Scottish Leaving Certificate Examination, 1960
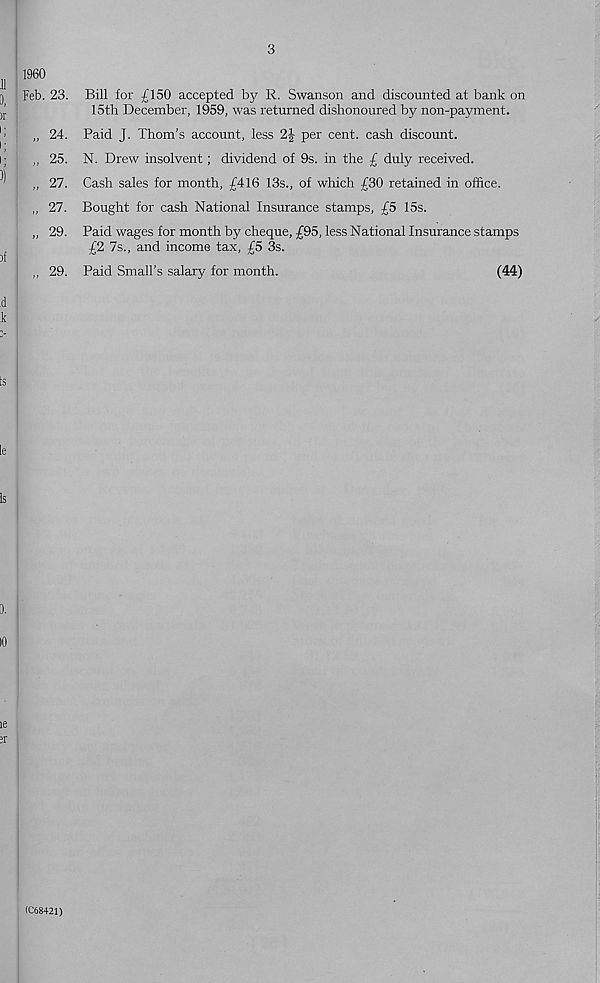
3
1960
Feb. 23. Bill for £150 accepted by R. Swanson and discounted at bank on
15th December, 1959, was returned dishonoured by non-payment.
„ 24. Paid J. Thom's account, less 2| per cent, cash discount.
„ 25. N. Drew insolvent; dividend of 9s. in the £ duly received.
,, 27. Cash sales for month, £416 13s., of which £30 retained in office.
,, 27. Bought for cash National Insurance stamps, £5 15s.
„ 29. Paid wages for month by cheque, £95, less National Insurance stamps
£2 7s., and income tax, £5 3s.
,, 29. Paid Small’s salary for month.
(44)
(C68421)